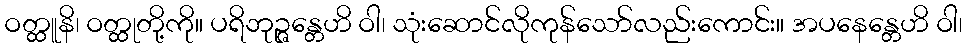
ဝတ္ထူနိ၊ ဝတ္ထုတို့ကို။ ပရိဘုဉ္ဇန္တေဟိ ဝါ၊ သုံးဆောင်လိုကုန်သော်လည်းကောင်း။ အပနေန္တေဟိ ဝါ၊